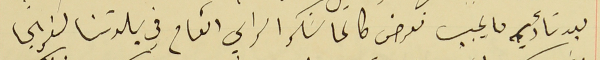
بعد تأدية ما يجب نعرض طالما شكر الراي العام في بلدتنا كفرشيما